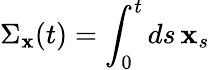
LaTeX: \Sigma_{\mathbf{x}}(t)=\int_{0}^{t}ds\, \mathbf{x}_{s}